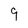
Character: 9